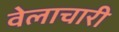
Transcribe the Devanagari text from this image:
वेलाचारी